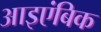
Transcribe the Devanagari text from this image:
आइएंबिक